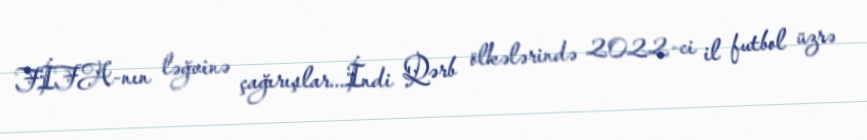
FİFA-nın ləğvinə çağırışlar...İndi Qərb ölkələrində 2022-ci il futbol üzrə